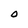
Character: O